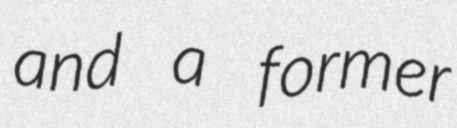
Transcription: and a former